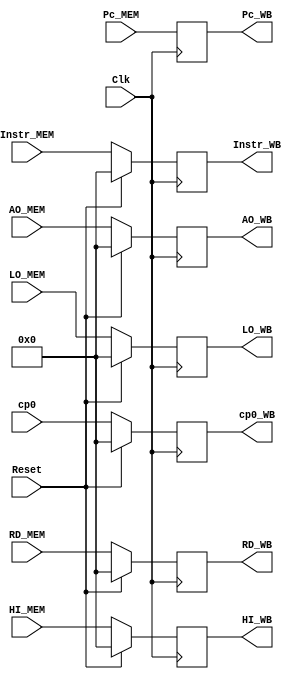
`timescale 1ns / 1ps
//////////////////////////////////////////////////////////////////////////////////
// Company: 
// Engineer: 
// 
// Design Name: 
// Module Name:    MEM_WB_REG 
// Project Name: 
// Target Devices: 
// Tool versions: 
// Description: 
//
// Dependencies: 
//
// Revision: 
// Revision 0.01 - File Created
// Additional Comments: 
//
//////////////////////////////////////////////////////////////////////////////////
module MEM_WB_REG(
    input [31:0] RD_MEM,
    input [31:0] AO_MEM,
    input [31:0] Instr_MEM,
    input [31:0] Pc_MEM,
	 input [31:0] HI_MEM,
	 input [31:0] LO_MEM,
	 input [31:0]cp0,
    input Clk,
    input Reset,
    output reg[31:0] RD_WB,
    output reg[31:0] AO_WB,
    output reg[31:0] Instr_WB,
    output reg[31:0] Pc_WB,
	 output reg[31:0] HI_WB,
	 output reg[31:0] LO_WB,
	 output reg[31:0]	cp0_WB
    );
	 
	 initial begin
		RD_WB<=0;
		AO_WB<=0;
		Instr_WB<=0;
		Pc_WB<=32'h00003000;
		HI_WB<=0;
		LO_WB<=0;
		cp0_WB<=0;
		end
		
	always @(posedge Clk)begin
		if (Reset)begin
			RD_WB<=0;
			AO_WB<=0;
			Instr_WB<=0;
			Pc_WB<=Pc_MEM;
			HI_WB<=0;
			LO_WB<=0;
			cp0_WB<=0;
		end
		else begin
			RD_WB<=RD_MEM;
			AO_WB<=AO_MEM;
			Instr_WB<=Instr_MEM;
			Pc_WB<=Pc_MEM;
			HI_WB<=HI_MEM;
			LO_WB<=LO_MEM;
			cp0_WB<=cp0;
		end
	end

endmodule